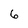
Character: 6